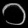
Digit: ၁